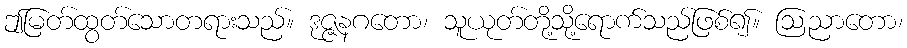
ဤမြတ်ထွတ်သောတရားသည်။ ဒုဇ္ဇနဂတော၊ သူယုတ်တို့သို့ရောက်သည်ဖြစ်၍။ ဩညာတော၊